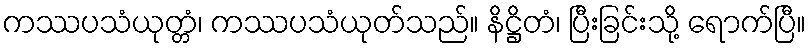
ကဿပသံယုတ္တံ၊ ကဿပသံယုတ်သည်။ နိဋ္ဌိတံ၊ ပြီးခြင်းသို့ ရောက်ပြီ။